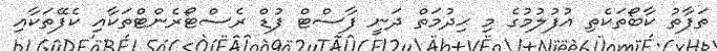
ތަފާތު ކާބޯތަކެތި އުފުލުމުގެ މި ޙިދުމަތް ދަނީ ފާސްޓް ފުޑް ރެސްޓޯރެންޓްތަކާއި ކެފޭތަކާއި